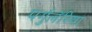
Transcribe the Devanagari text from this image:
पर्गुलॅरिया